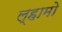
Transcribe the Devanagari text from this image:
ल्हामो